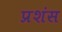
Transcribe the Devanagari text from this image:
प्रशंस